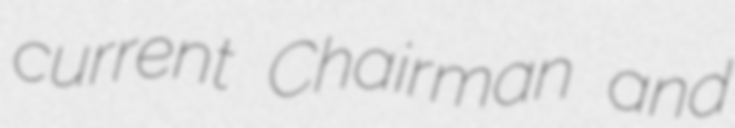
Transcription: current Chairman and